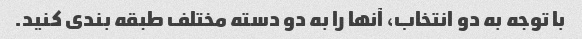
با توجه به دو انتخاب، آنها را به دو دسته مختلف طبقه بندی کنید.